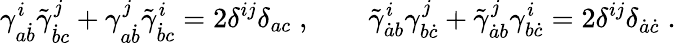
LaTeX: \gamma_{a\dot{b}}^{i}\tilde{\gamma}_{\dot{b}c}^{j}+\gamma_{a\dot{b}}^{j}\tilde{\gamma}_{\dot{b}c}^{i}=2\delta^{ij}\delta_{ac}\; ,\qquad\tilde{\gamma}_{\dot{a}b}^{i}\gamma_{b\dot{c}}^{j}+\tilde{\gamma}_{\dot{a}b}^{j}\gamma_{b\dot{c}}^{i}=2\delta^{ij}\delta_{\dot{a}\dot{c}}\; .